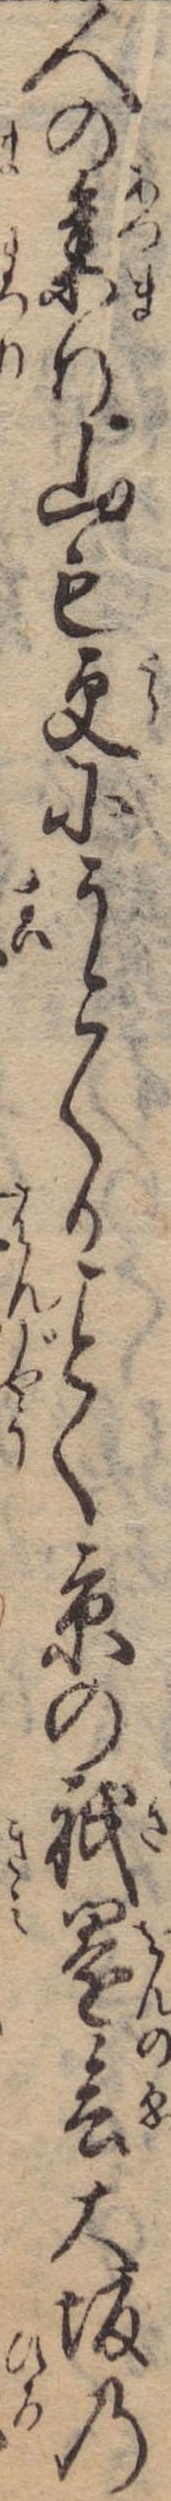
人の集り山も更にうごくかく京の祇園会大坂の